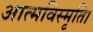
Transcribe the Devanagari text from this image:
आत्मविस्मृति।